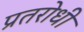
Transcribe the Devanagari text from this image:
प्रतरोधी